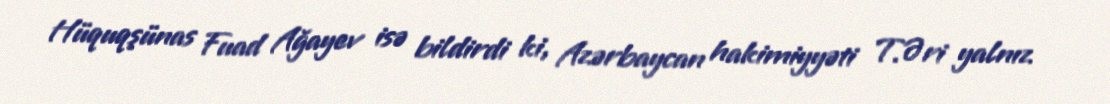
Hüquqşünas Fuad Ağayev isə bildirdi ki, Azərbaycan hakimiyyəti T.Əri yalnız